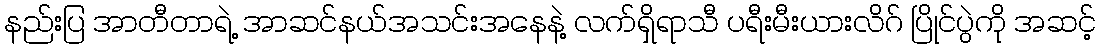
နည်းပြ အာတီတာရဲ့ အာဆင်နယ်အသင်းအနေနဲ့ လက်ရှိရာသီ ပရီးမီးယားလိဂ် ပြိုင်ပွဲကို အဆင့်